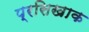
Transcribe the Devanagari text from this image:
प्रसिखाक